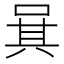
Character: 𠴩